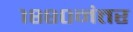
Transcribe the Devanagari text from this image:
१८८०नंतर